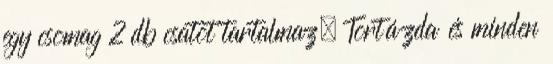
egy csomag 2 db csatot tartalmaz. Tortázda és minden